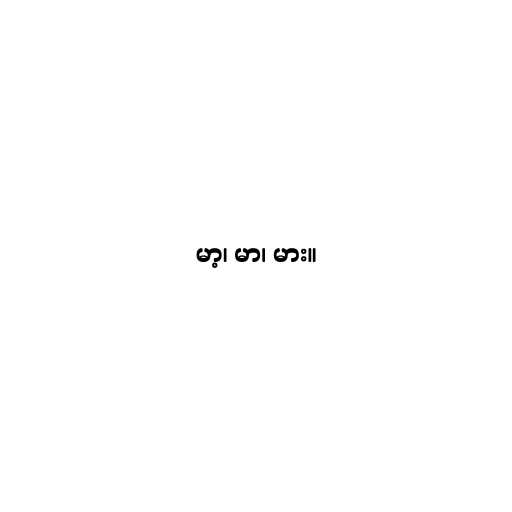
မာ့၊ မာ၊ မား။